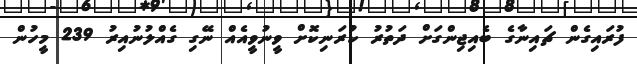
ފުރައިގެން ޗައިނާގެ ބެއިޖިންގަށް ދަތުރު ކުރަނިކޮށް ވީނުވީއެއް ނޭގި ގެއްލުނުއިރު 239 މީހުން